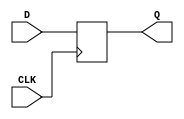
module DFlipFlop (
    input D,
    input CLK,
    output reg Q
);

always @(posedge CLK) begin
    Q <= D;
end

endmodule